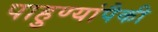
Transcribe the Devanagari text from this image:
पाहुण्यांपैकी